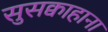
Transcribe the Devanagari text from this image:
सुसक्वाहाना